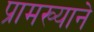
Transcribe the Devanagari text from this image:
प्रामख्याने